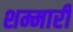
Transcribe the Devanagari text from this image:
शम्मारी